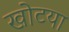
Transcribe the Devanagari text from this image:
खोटया